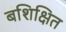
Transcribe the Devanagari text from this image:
बशिक्षित